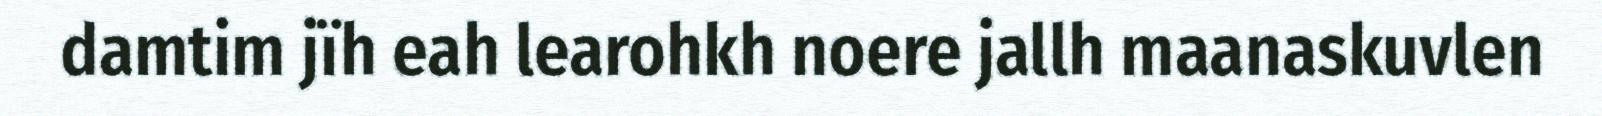
damtim jïh eah learohkh noere jallh maanaskuvlen